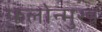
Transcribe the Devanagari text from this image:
फलोन्मुख